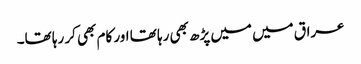
عراق میں میں پڑھ بھی رہا تھا اور کام بھی کر رہا تھا۔